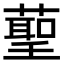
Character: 𮑞